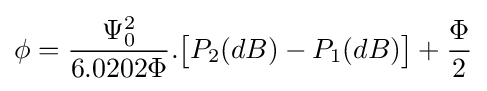
\phi ={\frac {\Psi _{0}^{2}}{6.0202\Phi }}.{\big [}P_{2}(dB)-P_{1}(dB){\big ]}+{\frac {\Phi }{2}}